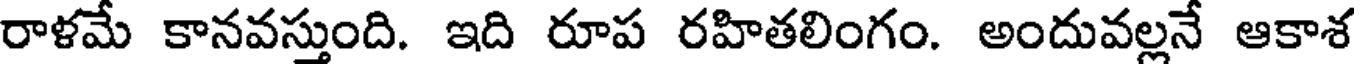
రాళమే కానవస్తుంది. ఇది రూప రహితలింగం. అందువల్లనే ఆకాశ